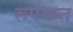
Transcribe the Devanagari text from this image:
रूपवन्त